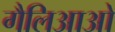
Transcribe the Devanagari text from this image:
गैलिआओ